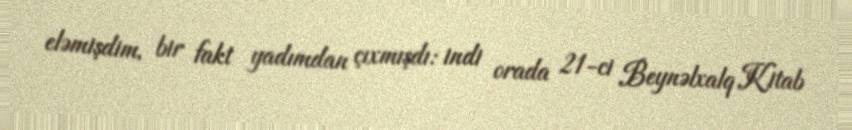
eləmişdim, bir fakt yadımdan çıxmışdı: indi orada 21-ci Beynəlxalq Kitab